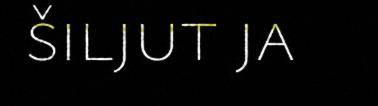
šiljut ja